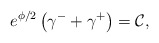
\begin{align*}e^{\phi /2}\left( \gamma ^{-}+\gamma ^{+}\right) =\mathcal{C},\end{align*}